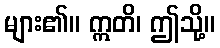
များ၏။ ဣတိ၊ ဤသို့။